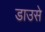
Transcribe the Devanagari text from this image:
डाउसे